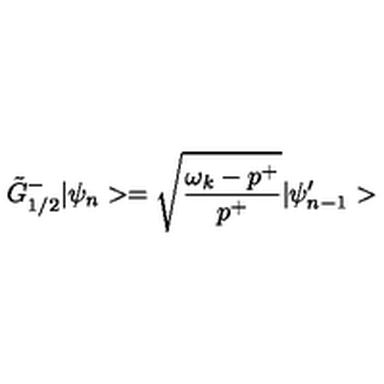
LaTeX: \tilde { G } _ { 1 / 2 } ^ { - } | \psi _ { n } > = \sqrt { \frac { \omega _ { k } - p ^ { + } } { p ^ { + } } } | \psi _ { n - 1 } ^ { \prime } >